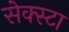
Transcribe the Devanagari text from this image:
सेक्स्टा